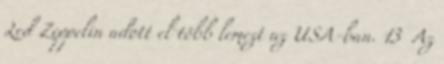
Led Zeppelin adott el több lemezt az USA-ban. 13 Az